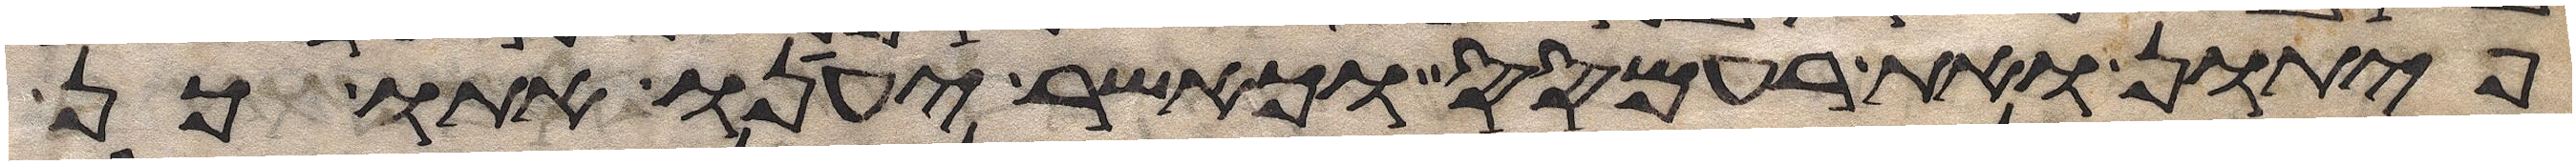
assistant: פיתון ואת רעמסס וכאשר יענו אתו כן